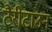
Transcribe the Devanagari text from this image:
टैरीटाउन